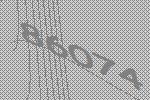
86074